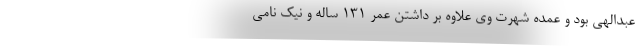
عبدالهی بود و عمده شهرت وی علاوه بر داشتن عمر 131 ساله و نیک نامی